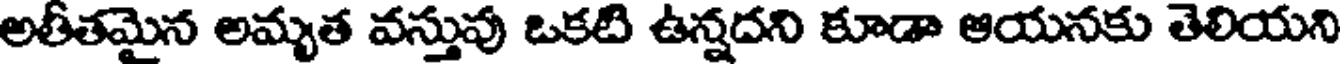
అతీతమైన అమృత వస్తువు ఒకటి ఉన్నదని కూడా ఆయనకు తెలియని